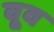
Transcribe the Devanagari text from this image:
वूव